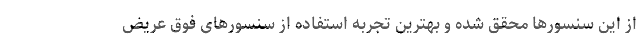
از این سنسورها محقق شده و بهترین تجربه استفاده از سنسورهای فوق عریض